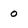
Character: 0